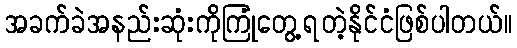
အခက်ခဲအနည်းဆုံးကိုကြုံတွေ့ရတဲ့နိုင်ငံဖြစ်ပါတယ်။